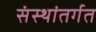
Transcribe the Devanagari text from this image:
संस्थांतर्गत